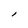
Character: l